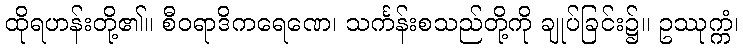
ထိုရဟန်းတို့၏။ စီဝရာဒိကရေဏေ၊ သင်္ကန်းစသည်တို့ကို ချုပ်ခြင်း၌။ ဥဿုက္ကံ၊